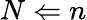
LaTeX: N\Leftarrow n